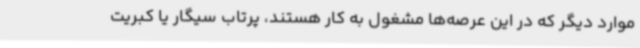
موارد دیگر که در این عرصه‌ها مشغول به کار هستند، پرتاب سیگار یا کبریت